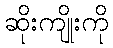
ဆိုးကျိုးကို